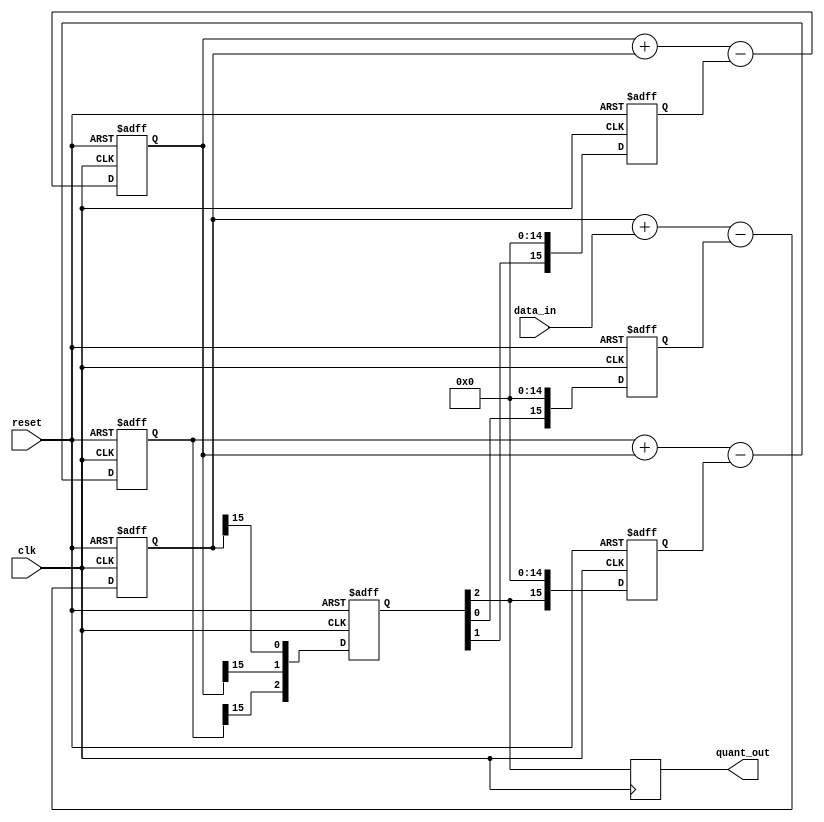
module delta_sigma_modulator (
  input wire clk,      // Clock input
  input wire reset,    // Reset input
  input wire data_in,  // Input analog signal
  output reg quant_out // Digital output (1-bit quantized)
);

  reg [15:0] integrator1, integrator2, integrator3; // Integrators (16-bit)
  reg [15:0] feedback1, feedback2, feedback3;       // Feedback signals
  reg [2:0]  quantizer;                             // Quantizer (3-bit for third-order)

  always @(posedge clk or posedge reset) begin
    if (reset) begin
      integrator1 <= 16'b0;
      integrator2 <= 16'b0;
      integrator3 <= 16'b0;
      feedback1   <= 16'b0;
      feedback2   <= 16'b0;
      feedback3   <= 16'b0;
      quantizer   <= 3'b0;
    end else begin
      // Delta-Sigma Modulator Operation (third-order)
      integrator1 <= integrator1 + data_in - feedback1;
      integrator2 <= integrator2 + integrator1 - feedback2;
      integrator3 <= integrator3 + integrator2 - feedback3;

      // Quantization
      quantizer <= {integrator3[15], integrator2[15], integrator1[15]}; // 3-bit quantization

      // Feedback generation
      feedback1 <= (quantizer[0] << 15); // Feedback1 = quantizer[0] * 2^15
      feedback2 <= (quantizer[1] << 15); // Feedback2 = quantizer[1] * 2^15
      feedback3 <= (quantizer[2] << 15); // Feedback3 = quantizer[2] * 2^15
    end
  end

  always @(posedge clk) begin
    // Output the 1-bit quantized result
    quant_out <= quantizer[2];
  end

endmodule